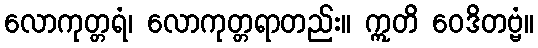
လောကုတ္တရံ၊ လောကုတ္တရာတည်း။ ဣတိ ဝေဒိတဗ္ဗံ။